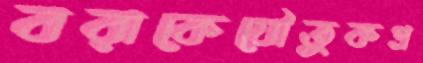
বরাকেযৌতুকপ্র